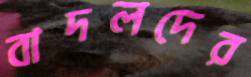
বাদলদের